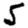
Digit: 5